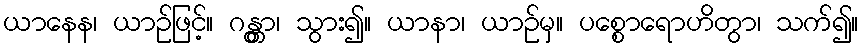
ယာနေန၊ ယာဉ်ဖြင့်။ ဂန္တွာ၊ သွား၍။ ယာနာ၊ ယာဉ်မှ။ ပစ္စောရောဟိတွာ၊ သက်၍။